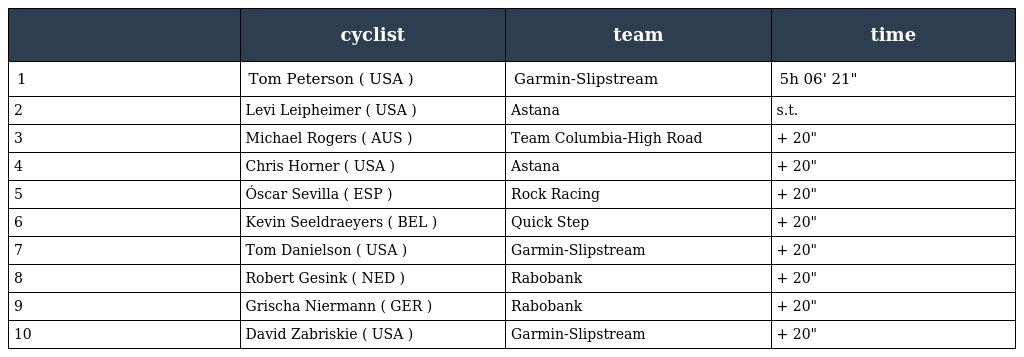
|  | cyclist | team | time |
 | --- | --- | --- | --- |
 | 1 | Tom Peterson ( USA ) | Garmin-Slipstream | 5h 06' 21" |
 | 2 | Levi Leipheimer ( USA ) | Astana | s.t. |
 | 3 | Michael Rogers ( AUS ) | Team Columbia-High Road | + 20" |
 | 4 | Chris Horner ( USA ) | Astana | + 20" |
 | 5 | Óscar Sevilla ( ESP ) | Rock Racing | + 20" |
 | 6 | Kevin Seeldraeyers ( BEL ) | Quick Step | + 20" |
 | 7 | Tom Danielson ( USA ) | Garmin-Slipstream | + 20" |
 | 8 | Robert Gesink ( NED ) | Rabobank | + 20" |
 | 9 | Grischa Niermann ( GER ) | Rabobank | + 20" |
 | 10 | David Zabriskie ( USA ) | Garmin-Slipstream | + 20" |